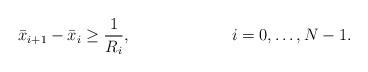
LaTeX: \begin{align*} &\bar{x}_{i+1} - \bar{x}_{i} \ge \dfrac{1}{R_i},& i = 0, \ldots, N-1.\end{align*}